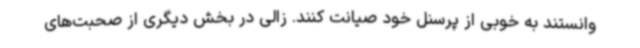
وانستند به خوبی از پرسنل خود صیانت کنند. زالی در بخش دیگری از صحبت‌های